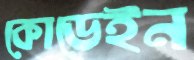
কোডেইন